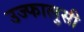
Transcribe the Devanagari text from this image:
उज्फालुसी